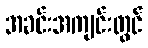
အခင်းအကျင်းတွင်